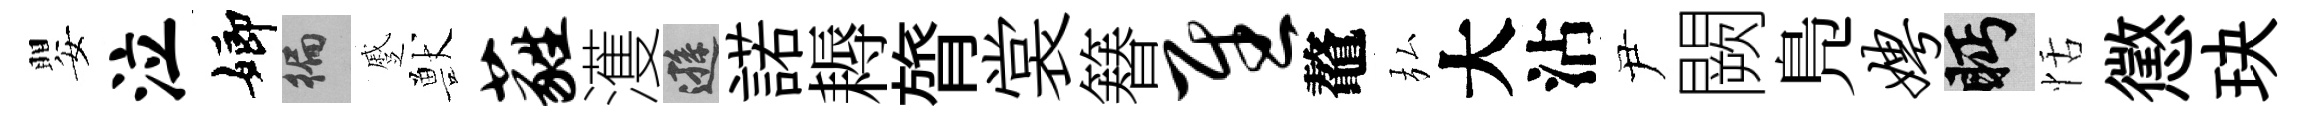
嬰泣嫏徧蹙獸蕤濩遜諾耨膂裳簮慰鼇弘大沾尹闕鳬娉眄恬懲玦